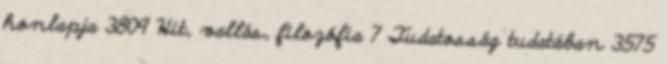
honlapja 3809 Hit, vallás, filozófia 7 Tudatosság tudatában 3575